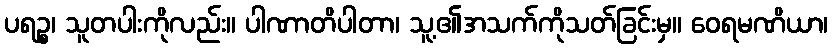
ပရဉ္စ၊ သူတပါးကိုလည်း။ ပါဏာတိပါတာ၊ သူ့၏အသက်ကိုသတ်ခြင်းမှ။ ဝေရမဏိယာ၊